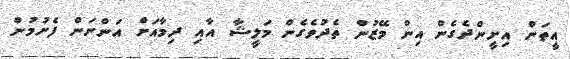
އީތަން އިށީންދެގެން އިން މޭޒުން ތެދުވެގެން މަލީޝާ އާއި ދިމާއަށް އަންނަން ފެށުމުން